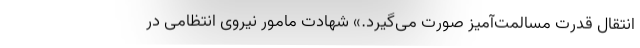
انتقال قدرت مسالمت‌آمیز صورت می‌گیرد.» شهادت مامور نیروی انتظامی در